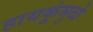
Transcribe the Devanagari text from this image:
हायकूंमुळे